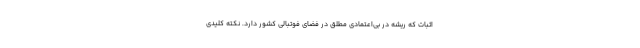
اثبات که ریشه در بی‌اعتمادی مطلق در فضای فوتبالی کشور دارد. نکته کلیدی